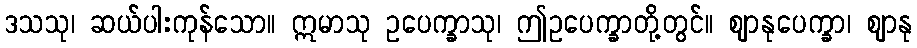
ဒသသု၊ ဆယ်ပါးကုန်သော။ ဣမာသု ဥပေက္ခာသု၊ ဤဥပေက္ခာတို့တွင်။ ဈာနုပေက္ခာ၊ ဈာနု